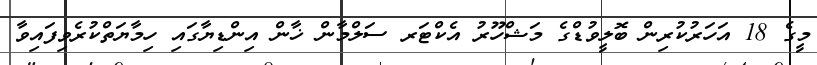
މީގެ 18 އަހަރުކުރިން ބޮލީވުޑްގެ މަޝްހޫރު އެކްޓަރ ސަލްމާން ޚާން އިންޑިޔާގައި ހިމާޔަތްކުރެވިފައިވާ